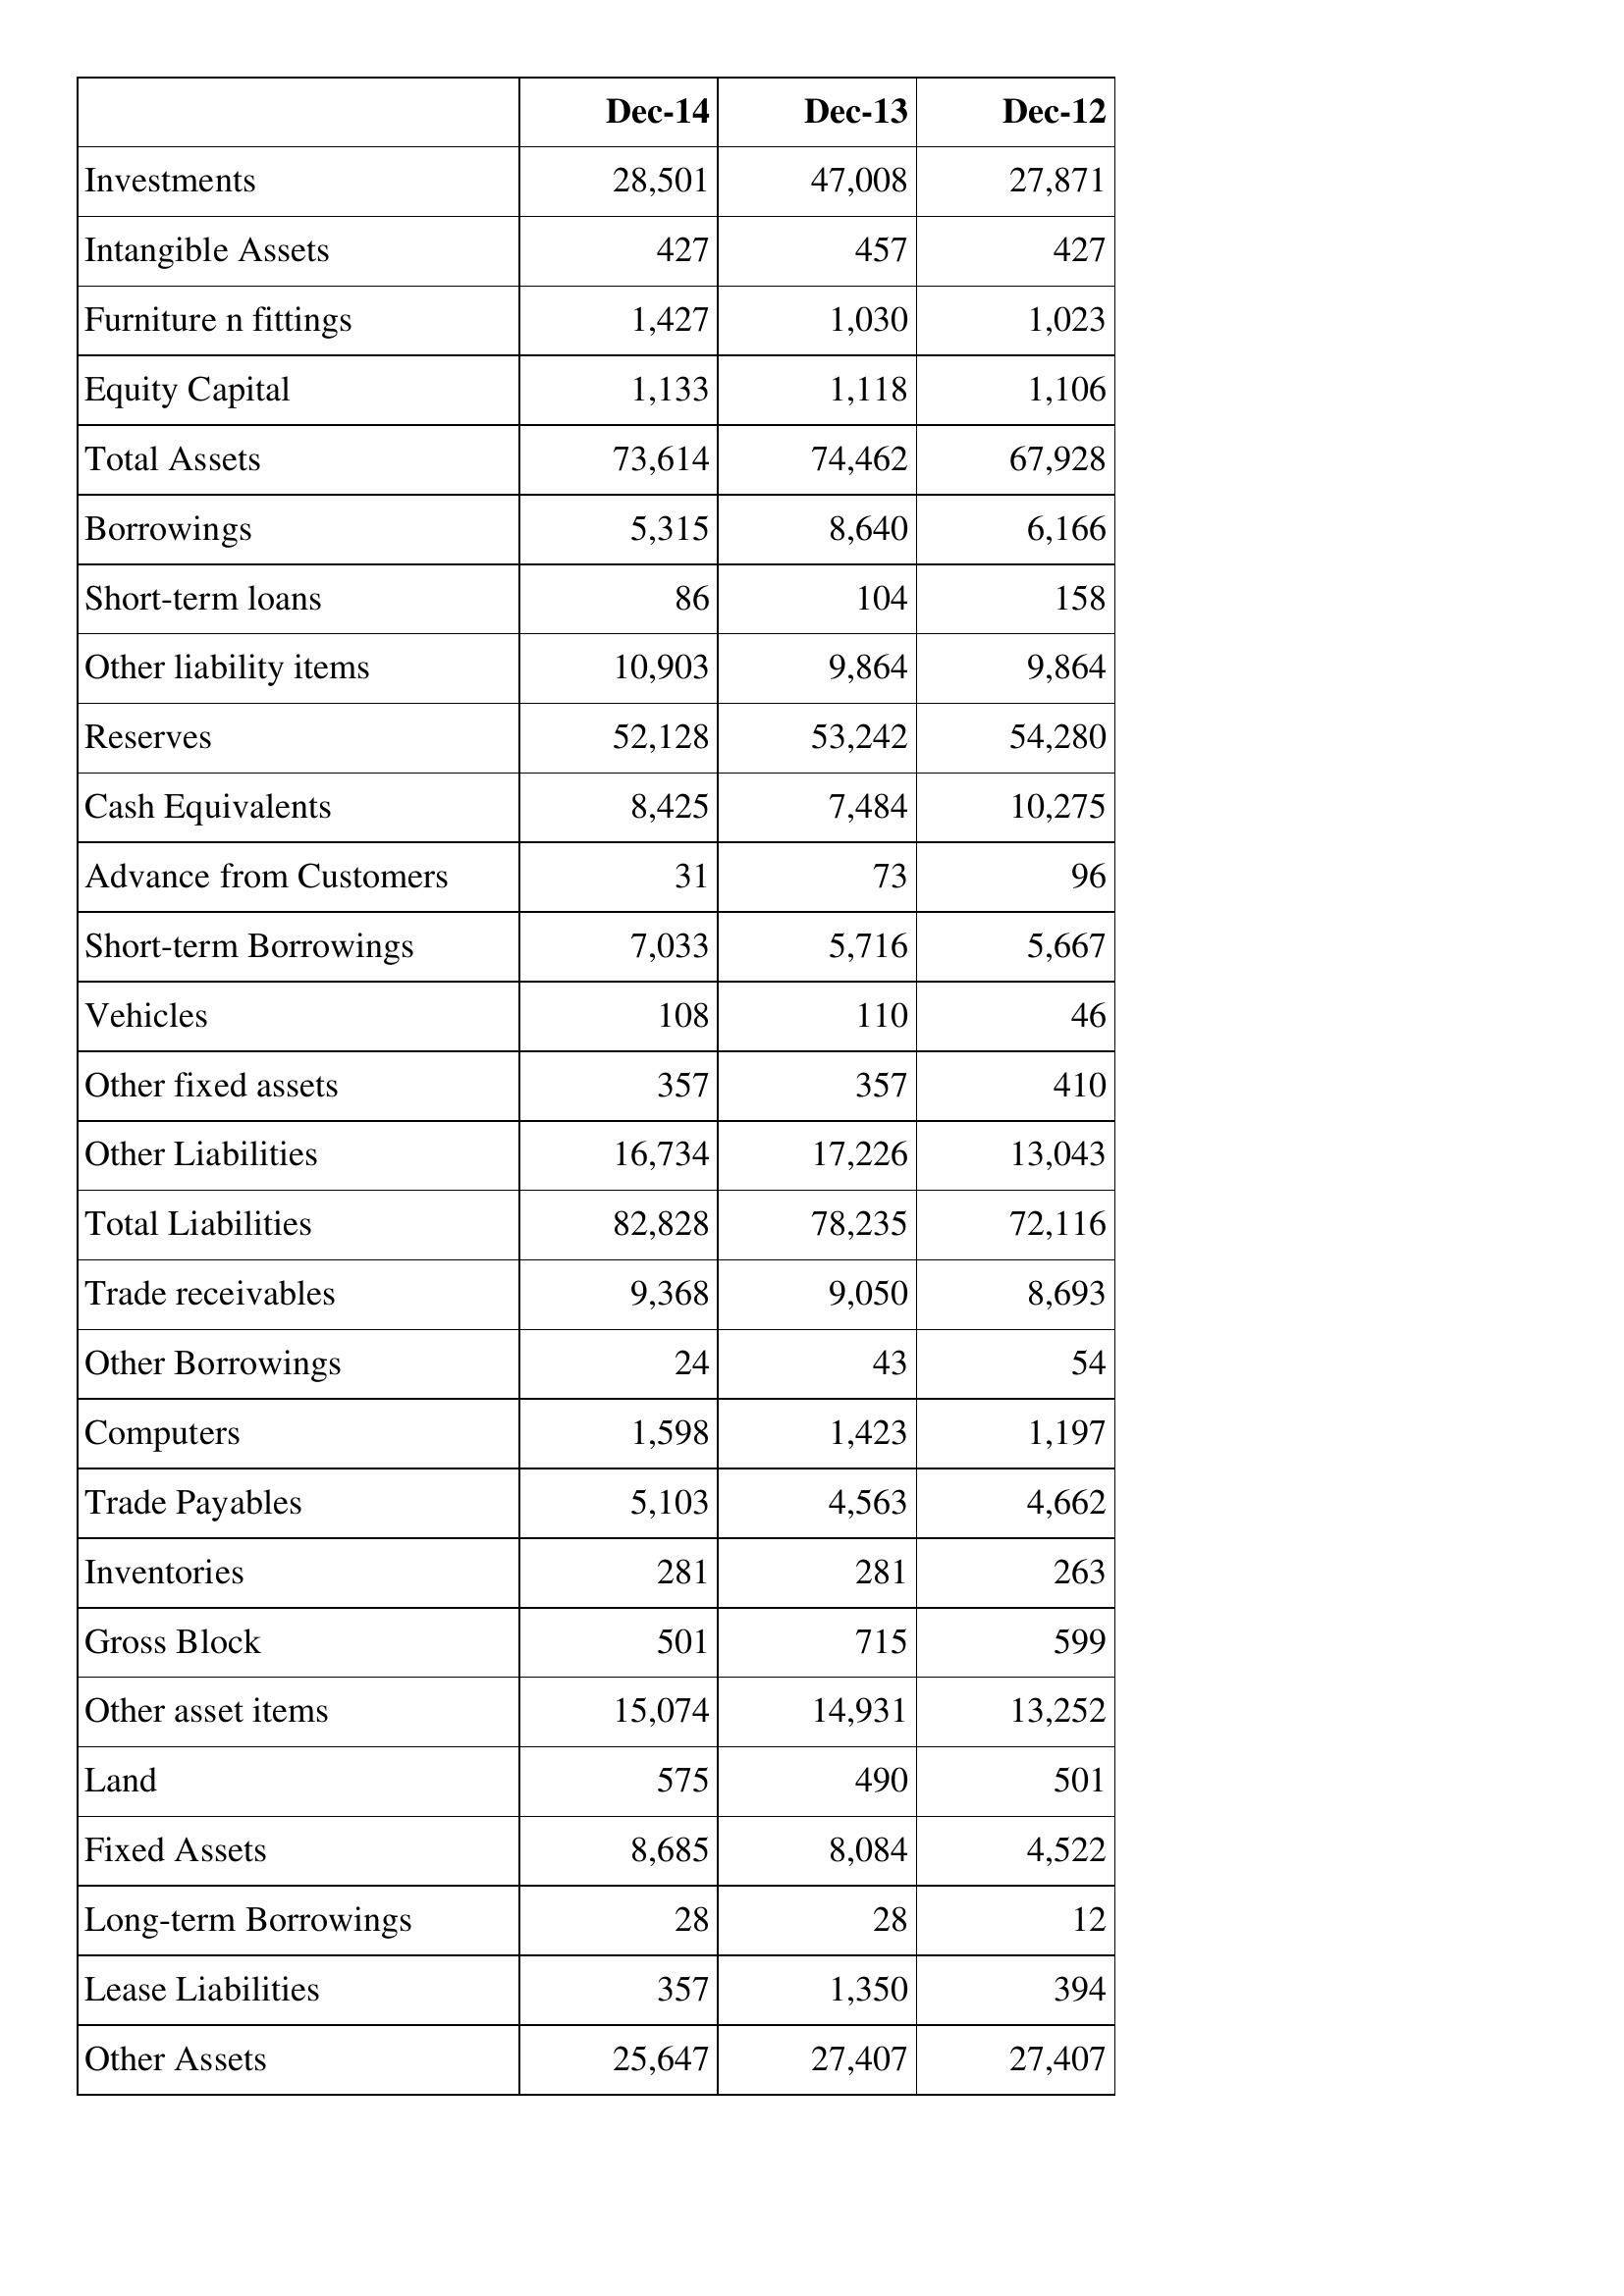
Dec-14: Balance Sheet: Investments: 28,501
Intangible Assets: 427
Furniture n fittings: 1,427
Equity Capital: 1,133
Total Assets: 73,614
Borrowings: 5,315
Short-term loans: 86
Other liability items: 10,903
Reserves: 52,128
Cash Equivalents: 8,425
Advance from Customers: 31
Short-term Borrowings: 7,033
Vehicles: 108
Other fixed assets: 357
Other Liabilities: 16,734
Total Liabilities: 82,828
Trade receivables: 9,368
Other Borrowings: 24
Computers: 1,598
Trade Payables: 5,103
Inventories: 281
Gross Block: 501
Other asset items: 15,074
Land: 575
Fixed Assets: 8,685
Long-term Borrowings: 28
Lease Liabilities: 357
Other Assets: 25,647
Dec-13: Balance Sheet: Investments: 47,008
Intangible Assets: 457
Furniture n fittings: 1,030
Equity Capital: 1,118
Total Assets: 74,462
Borrowings: 8,640
Short-term loans: 104
Other liability items: 9,864
Reserves: 53,242
Cash Equivalents: 7,484
Advance from Customers: 73
Short-term Borrowings: 5,716
Vehicles: 110
Other fixed assets: 357
Other Liabilities: 17,226
Total Liabilities: 78,235
Trade receivables: 9,050
Other Borrowings: 43
Computers: 1,423
Trade Payables: 4,563
Inventories: 281
Gross Block: 715
Other asset items: 14,931
Land: 490
Fixed Assets: 8,084
Long-term Borrowings: 28
Lease Liabilities: 1,350
Other Assets: 27,407
Dec-12: Balance Sheet: Investments: 27,871
Intangible Assets: 427
Furniture n fittings: 1,023
Equity Capital: 1,106
Total Assets: 67,928
Borrowings: 6,166
Short-term loans: 158
Other liability items: 9,864
Reserves: 54,280
Cash Equivalents: 10,275
Advance from Customers: 96
Short-term Borrowings: 5,667
Vehicles: 46
Other fixed assets: 410
Other Liabilities: 13,043
Total Liabilities: 72,116
Trade receivables: 8,693
Other Borrowings: 54
Computers: 1,197
Trade Payables: 4,662
Inventories: 263
Gross Block: 599
Other asset items: 13,252
Land: 501
Fixed Assets: 4,522
Long-term Borrowings: 12
Lease Liabilities: 394
Other Assets: 27,407